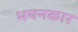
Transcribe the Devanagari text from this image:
भयनकार